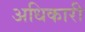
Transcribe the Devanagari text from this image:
अधिकारी